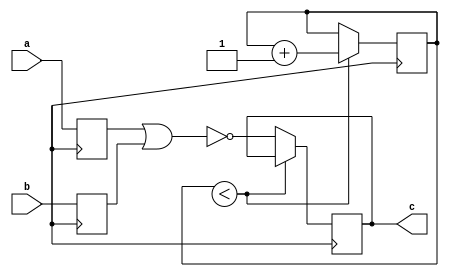
module nor_gate_delay (
  input wire a,
  input wire b,
  output reg c
);

// Timing control and synchronization block
reg synchronized_a;
reg synchronized_b;
reg [31:0] delay_counter;

// Synchronize input signals
always @(posedge clk) begin
  synchronized_a <= a;
  synchronized_b <= b;
end

// Delay output signal
always @(posedge clk) begin
  if (delay_counter < DELAY_AMOUNT) begin
    delay_counter <= delay_counter + 1;
  end else begin
    c <= ~(synchronized_a | synchronized_b);
  end
end

endmodule